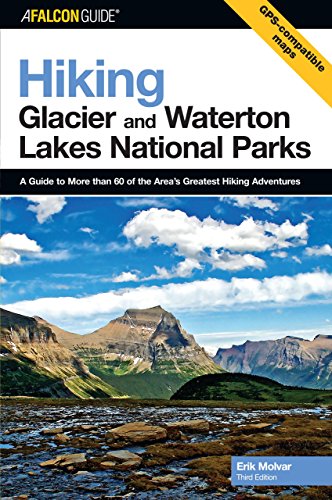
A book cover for Hiking Glacier and Waterton Lakes National Parks, 3rd: A Guide to More Than 60 of the Area's Greatest Hiking Adventures (Regional Hiking Series); Erik Molvar; Travel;